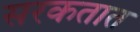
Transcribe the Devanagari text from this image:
सरकतात